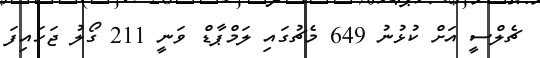
ޗެލްސީ އަށް ކުޅުނު 649 މެޗުގައި ލަމްޕާޑް ވަނީ 211 ގޯލު ޖަހައިފަ